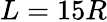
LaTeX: L=15R